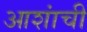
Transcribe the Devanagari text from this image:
आशांची